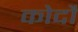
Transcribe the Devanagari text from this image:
कोदौ